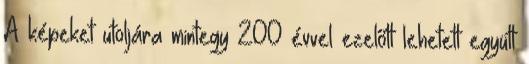
A képeket utoljára mintegy 200 évvel ezelőtt lehetett együtt